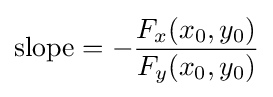
{\text{slope}}=-{\frac {F_{x}(x_{0},y_{0})}{F_{y}(x_{0},y_{0})}}